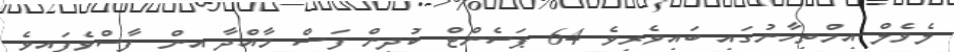
ލެވެލް އިމްތިހާނުގައި ބައިވެރިވެ 64 ޕަސެންޓް ކުދިން ފަސް މާއްދާ އިން ފާސްވެފައިވެ